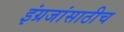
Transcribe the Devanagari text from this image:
इंग्रजांसाठीच